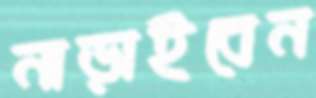
নাড়াইবেন